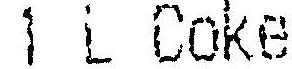
1 L COKE